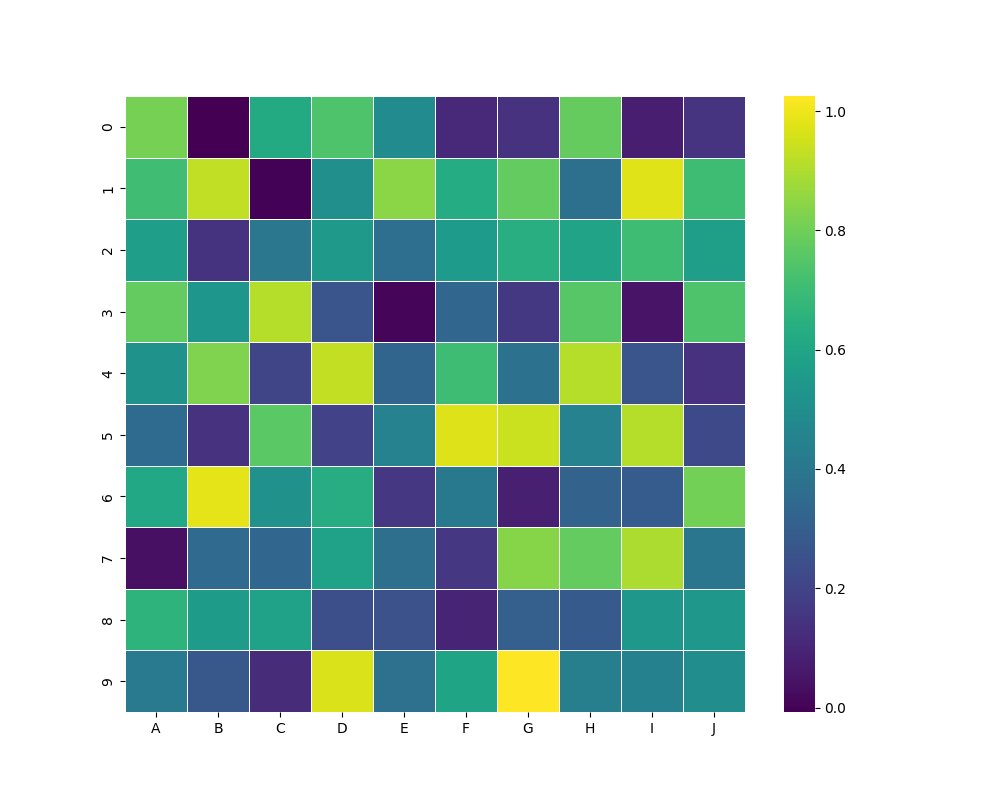
python, seaborn, heatmap, cmap='viridis', linewidths=0.5, center=none